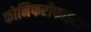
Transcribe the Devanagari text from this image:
कोनिफरोफाइटा